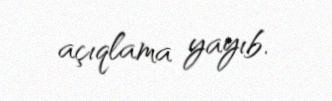
açıqlama yayıb.